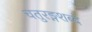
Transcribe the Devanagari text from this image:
चतुरङ्गशब्दे